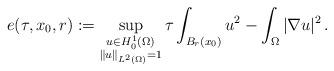
LaTeX: \begin{align*} e(\tau,x_0,r):=\sup_{\substack{u\in H^1_0(\Omega) \\ \|u\|_{L^2(\Omega)}=1}}\tau\int_{B_r(x_0)}u^2 - \int_\Omega|\nabla u|^2\,.\end{align*}